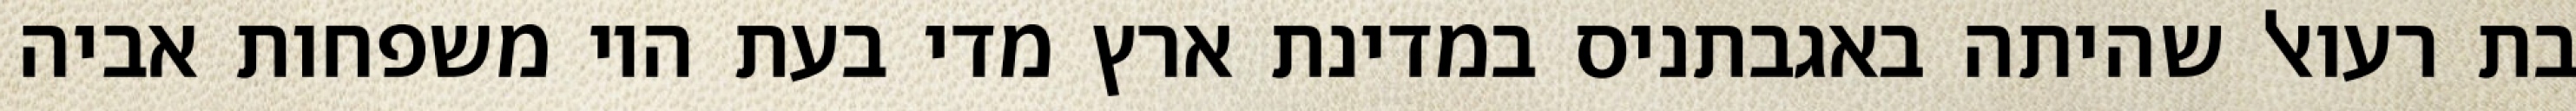
בת רעואל שהיתה באגבתניס במדינת ארץ מדי בעת היו משפחות אביה